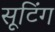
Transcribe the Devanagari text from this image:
सूटिंग